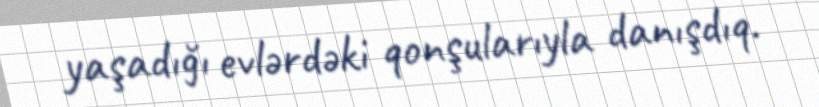
yaşadığı evlərdəki qonşularıyla danışdıq.